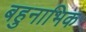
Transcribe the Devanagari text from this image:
बहुनाभिक